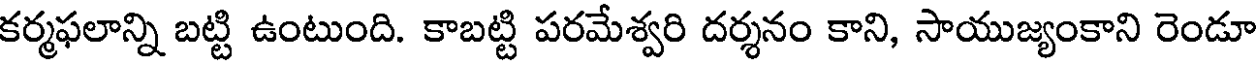
కర్మఫలాన్ని బట్టి ఉంటుంది. కాబట్టి పరమేశ్వరి దర్శనం కాని, సాయుజ్యంకాని రెండూ